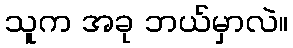
သူက အခု ဘယ်မှာလဲ။